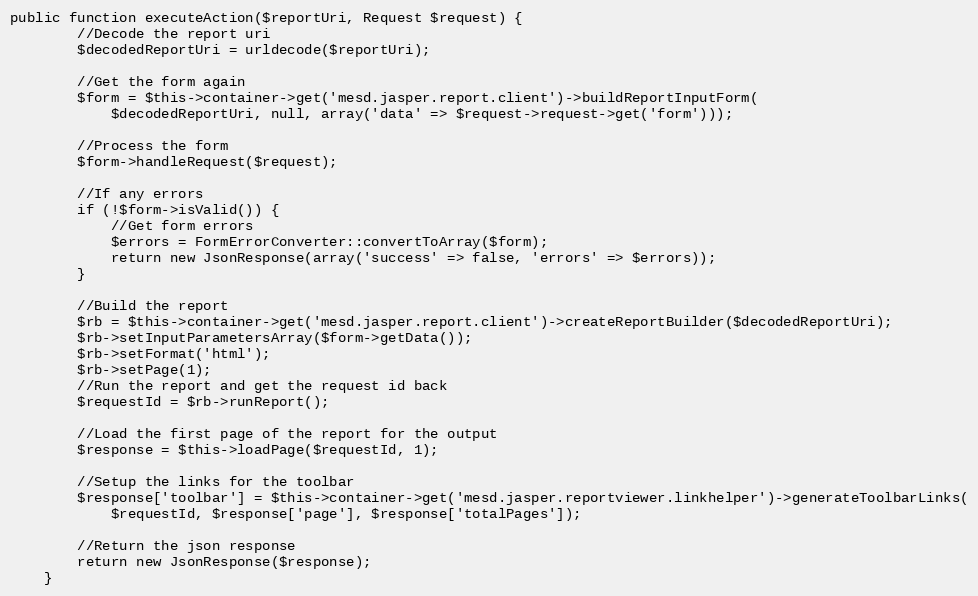
Language: PHP
public function executeAction($reportUri, Request $request) {
        //Decode the report uri
        $decodedReportUri = urldecode($reportUri);

        //Get the form again
        $form = $this->container->get('mesd.jasper.report.client')->buildReportInputForm(
            $decodedReportUri, null, array('data' => $request->request->get('form')));

        //Process the form
        $form->handleRequest($request);

        //If any errors
        if (!$form->isValid()) {
            //Get form errors
            $errors = FormErrorConverter::convertToArray($form);
            return new JsonResponse(array('success' => false, 'errors' => $errors));
        }

        //Build the report
        $rb = $this->container->get('mesd.jasper.report.client')->createReportBuilder($decodedReportUri);
        $rb->setInputParametersArray($form->getData());
        $rb->setFormat('html');
        $rb->setPage(1);
        //Run the report and get the request id back
        $requestId = $rb->runReport();

        //Load the first page of the report for the output
        $response = $this->loadPage($requestId, 1);

        //Setup the links for the toolbar
        $response['toolbar'] = $this->container->get('mesd.jasper.reportviewer.linkhelper')->generateToolbarLinks(
            $requestId, $response['page'], $response['totalPages']);

        //Return the json response
        return new JsonResponse($response);
    }